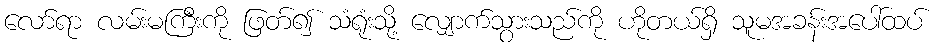
လော်ရာ လမ်းမကြီးကို ဖြတ်၍ သံရုံးသို့ လျှောက်သွားသည်ကို ဟိုတယ်ရှိ သူမအခန်းအပေါ်ထပ်